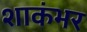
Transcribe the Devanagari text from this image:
शाकंभर